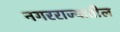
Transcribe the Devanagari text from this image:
नगरराज्यातील